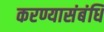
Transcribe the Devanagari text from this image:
करण्यासंबंधि